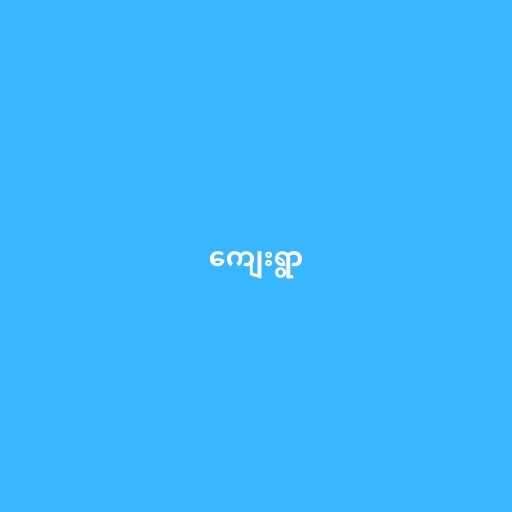
ကျေးရွာ